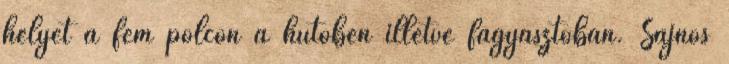
helyet a fém polcon a hűtőben illetve fagyasztóban. Sajnos